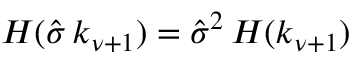
H ( \hat { \sigma } \, k _ { \nu + 1 } ) = \hat { \sigma } ^ { 2 } \, H ( k _ { \nu + 1 } )